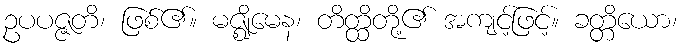
ဥပပဇ္ဇတိ၊ ဖြစ်၏။ မဇ္ဈိမေန၊ တိတ္ထိတို့၏ အကျင့်ဖြင့်။ ခတ္တိယော၊